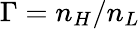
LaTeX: \Gamma=n_{H}/n_{L}